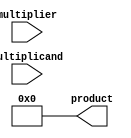
module BoothMultiplier(
    input [7:0] multiplicand,
    input [7:0] multiplier,
    output reg [15:0] product
);

reg [15:0] partial_product;
reg [3:0] count;

always @(*) begin
    partial_product = 16'b0;
    count = 4'd0;

    repeat(8) begin
        if(multiplier[0] == 1'b1 && count[0] == 1'b0)
            partial_product = partial_product + {8'd0, multiplicand};
        else if(multiplier[0] == 1'b0 && count[0] == 1'b1)
            partial_product = partial_product - {8'd0, multiplicand};

        if((multiplier[0] ^ multiplier[1]) == 1'b1 && (count[0] ^ count[1]) == 1'b0)
            partial_product = partial_product + {8'd0, multiplicand};
        else if((multiplier[0] ^ multiplier[1]) == 1'b0 && (count[0] ^ count[1]) == 1'b1)
            partial_product = partial_product - {8'd0, multiplicand};

        multiplier = multiplier >> 1;
        count = {count[2:0], multiplier[7]};
    end

    product = partial_product;
end

endmodule